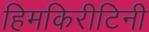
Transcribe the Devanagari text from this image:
हिमकिरीटिनी